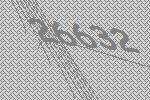
26632